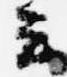
云